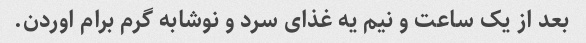
بعد از یک ساعت و نیم یه غذای سرد و نوشابه گرم برام اوردن.